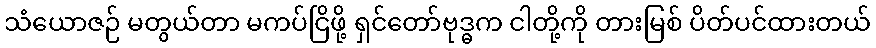
သံယောဇဉ် မတွယ်တာ မကပ်ငြိဖို့ ရှင်တော်ဗုဒ္ဓက ငါတို့ကို တားမြစ် ပိတ်ပင်ထားတယ်